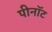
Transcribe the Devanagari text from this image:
पीनॉट